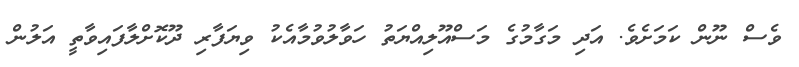
ވެސް ނޫން ކަމަށެވެ. އަދި މަގާމުގެ މަސްއޫލިއްޔަތު ހަވާލުވުމާއެކު ވިޔަފާރި ދޫކޮށްލާފައިވާތީ އަލުން